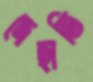
দেহাতি